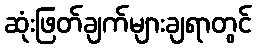
ဆုံးဖြတ်ချက်များချရာတွင်